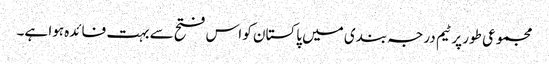
مجموعی طور پر ٹیم درجہ بندی میں پاکستان کو اس فتح سے بہت فائدہ ہوا ہے۔